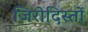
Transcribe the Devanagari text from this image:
जिरोदिस्तों